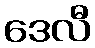
ဒေလီ